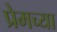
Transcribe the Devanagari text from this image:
प्रेमच्या